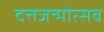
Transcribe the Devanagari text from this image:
दत्तजन्मोत्सव